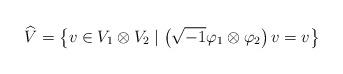
LaTeX: \begin{align*}\widehat{V}= \left\{ v \in V_1 \otimes V_2 \mid \left( \sqrt{-1} \varphi_1 \otimes \varphi_2 \right) v = v \right\}\end{align*}